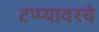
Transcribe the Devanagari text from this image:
टप्प्यावरचे